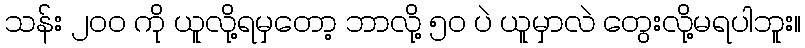
သန်း ၂၀၀ ကို ယူလို့ရမှတော့ ဘာလို့ ၅၀ ပဲ ယူမှာလဲ တွေးလို့မရပါဘူး။